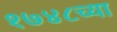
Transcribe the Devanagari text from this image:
१७४८च्या